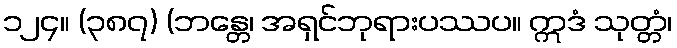
၁၂၄။ (၃၈၇) (ဘန္တေ၊ အရှင်ဘုရားပဿပ။ ဣဒံ သုတ္တံ၊